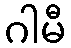
ဂါမီ